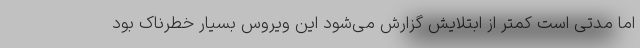
اما مدتی است کمتر از ابتلایش گزارش می‌شود این ویروس بسیار خطرناک بود